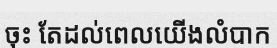
ចុះ តែដល់ពេលយើងលំបាក